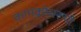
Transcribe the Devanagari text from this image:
कामक्रोधरूपी